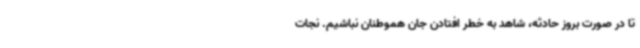
تا در صورت بروز حادثه، شاهد به خطر افتادن جان هموطنان نباشیم. نجات